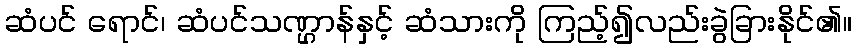
ဆံပင် ရောင်၊ ဆံပင်သဏ္ဌာန်နှင့် ဆံသားကို ကြည့်၍လည်းခွဲခြားနိုင်၏။